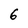
Character: 6